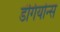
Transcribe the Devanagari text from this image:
डंगियोन्स